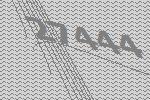
27444